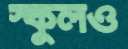
স্কুলও